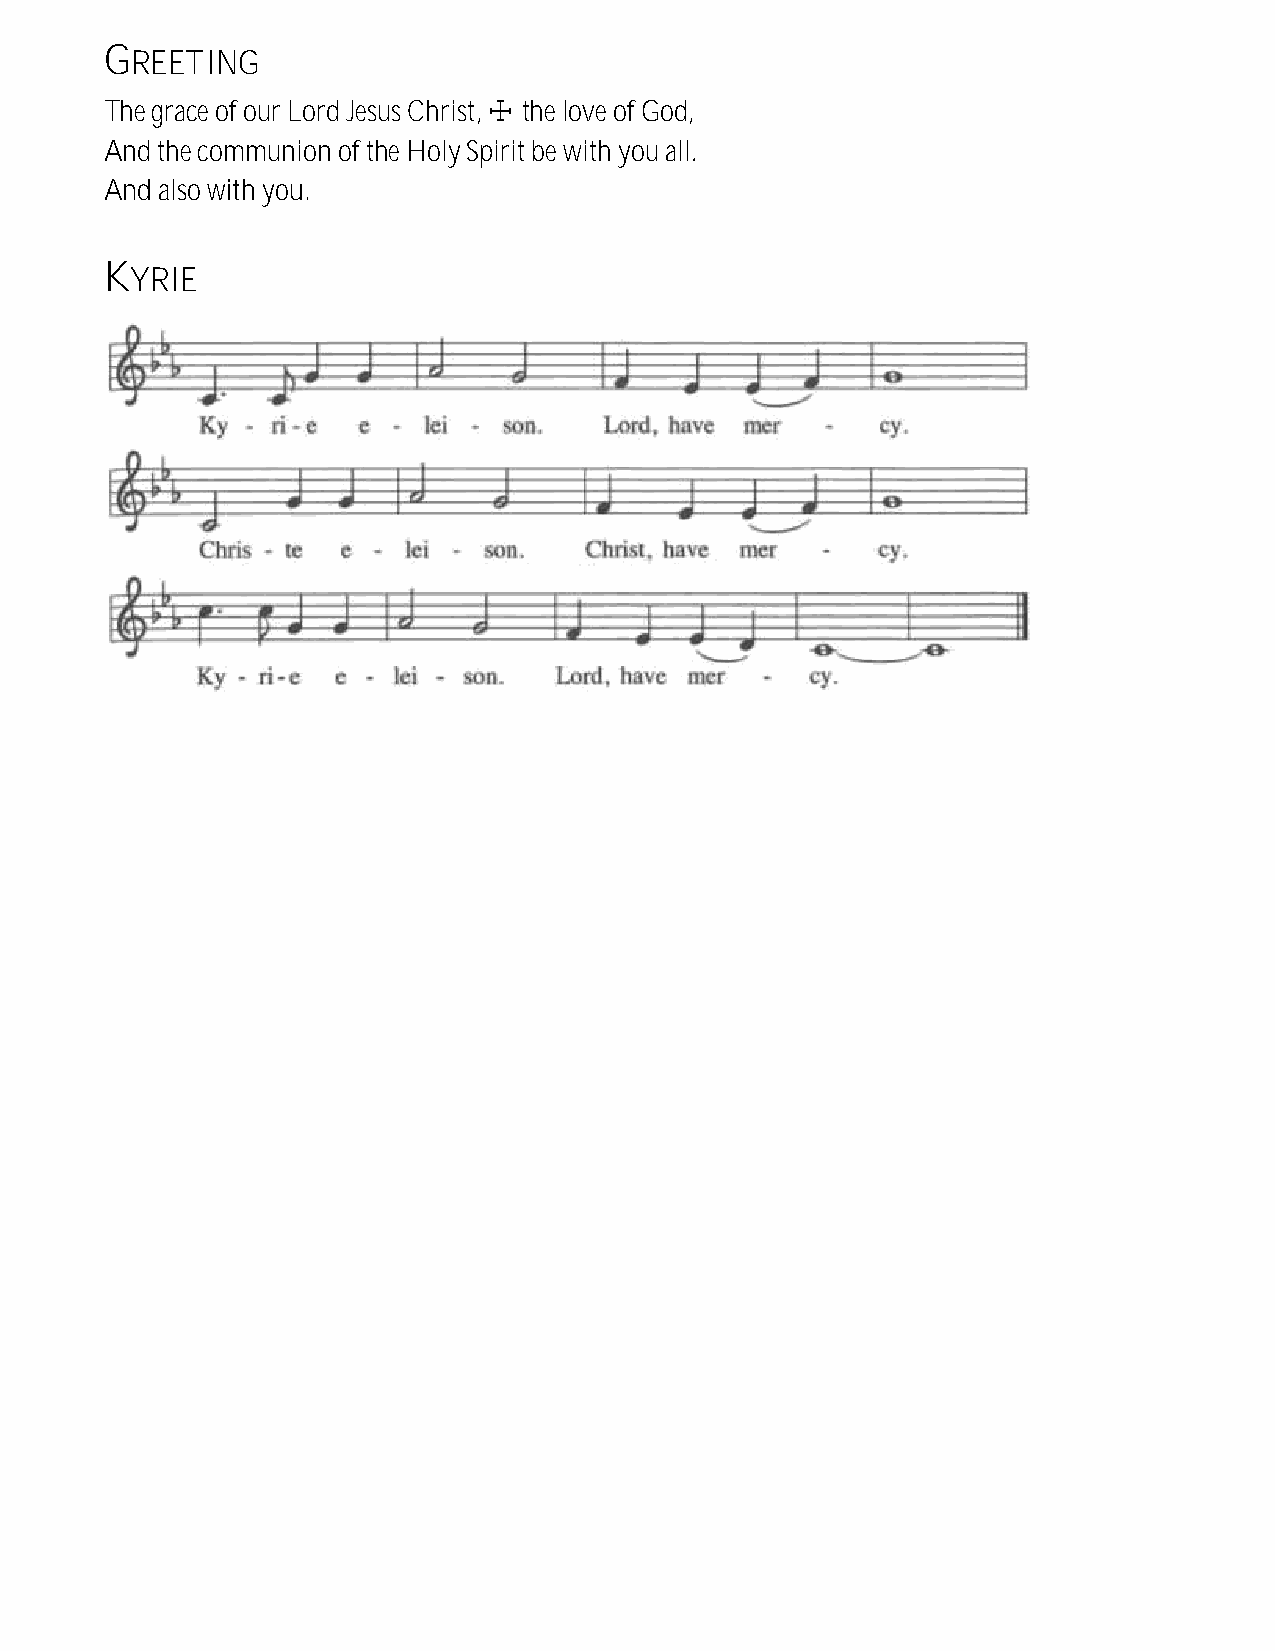
GREETING
 The grace of our Lord Jesus Christ, ☩ the love of God,
 And the communion of the Holy Spirit be with you all.
 And also with you.
 KYRIE